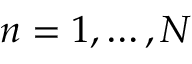
n = 1 , \dots , N